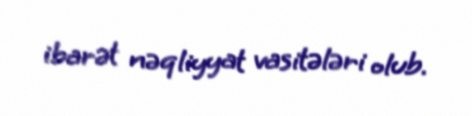
ibarət nəqliyyat vasitələri olub.